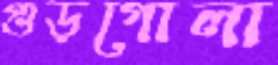
গুড়গোলা